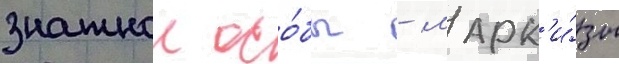
знатнои осо́бы - марк'и́зы